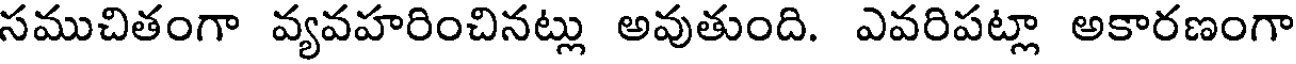
సముచితంగా వ్యవహరించినట్లు అవుతుంది. ఎవరిపట్లా అకారణంగా